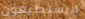
لايستطيعون